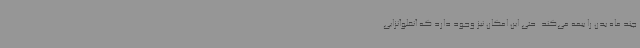
چند ماه بدن را بیمه می‌کند. حتی این امکان نیز وجود دارد که آنفلوآنزایی